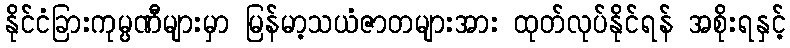
နိုင်ငံခြားကုမ္ပဏီများမှာ မြန်မာ့သယံဇာတများအား ထုတ်လုပ်နိုင်ရန် အစိုးရနှင့်